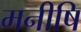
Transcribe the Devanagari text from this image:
मनीषि